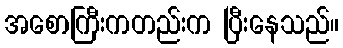
အစောကြီးကတည်းက ပြီးနေသည်။